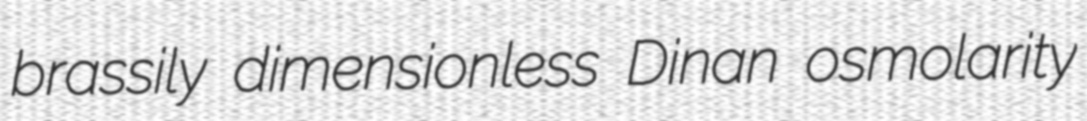
brassily dimensionless Dinan osmolarity